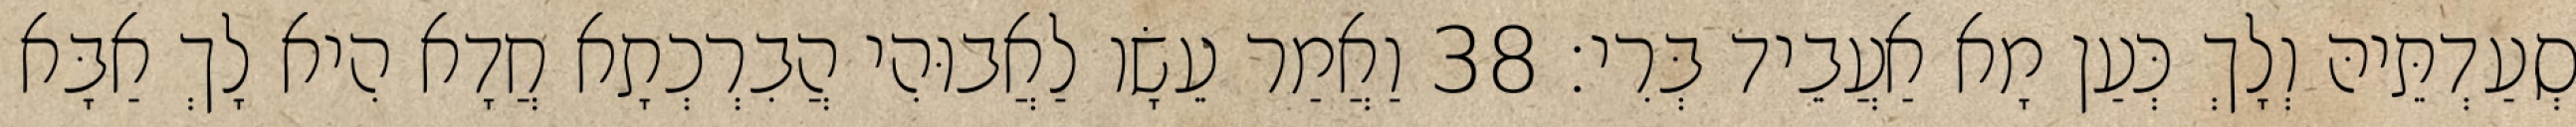
סְעַדְתֵּיהּ וְלָךְ כְּעַן מָא אַעֲבֵיד בְּרִי׃ 38 וַאֲמַר עֵשָׂו לַאֲבוּהִי הֲבִרְכְתָא חֲדָא הִיא לָךְ אַבָּא